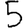
Digit: 5